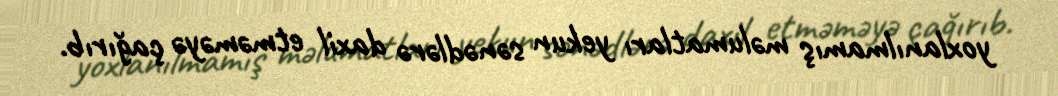
yoxlanılmamış məlumatları yekun sənədlərə daxil etməməyə çağırıb.